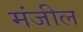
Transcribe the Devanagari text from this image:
मंजील